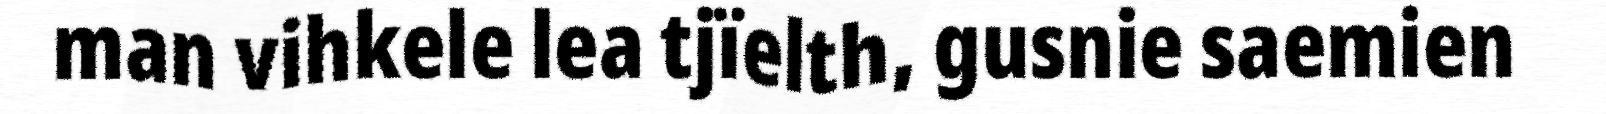
man vihkele lea tjïelth, gusnie saemien